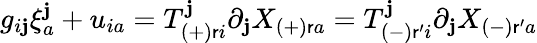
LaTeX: g_{i\mathbf{j}}\xi_{a}^{\mathbf{j}}+u_{ia}=T_{(+)\mathsf{r}i}^{\mathbf{j}}\partial_{\mathbf{j}}X_{(+)\mathsf{r}a}=T_{(-)\mathsf{r}^{\prime}i}^{\mathbf{j}}\partial_{\mathbf{j}}X_{(-)\mathsf{r}^{\prime}a}